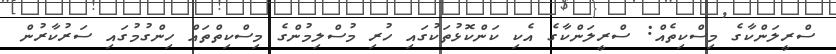
ސްރީލަންކާގެ މިސްކިތެއް: ސްރީލަންކާގެ އެކި ކަންކޮޅުތަކުގައި ހުރި މުސްލިމުންގެ މިސްކިތްތައް ހިންގުމުގައި ސަރުކާރުން